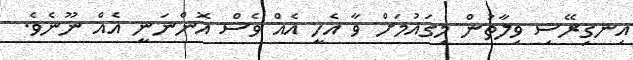
އިނގިރޭސި ވިލާތުން މިގައުމަށް ވާ އެހީ އެއް ވެސް އޮންނަނީ އެއް ނޫނެވެ.